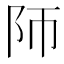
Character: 𱀃